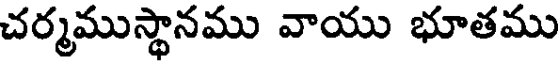
చర్మముస్థానము వాయు భూతము